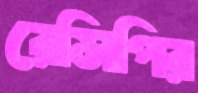
রেসিপির